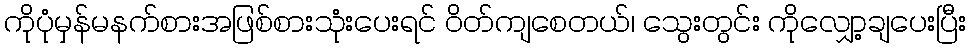
ကိုပုံမှန်မနက်စားအဖြစ်စားသုံးပေးရင် ဝိတ်ကျစေတယ်၊ သွေးတွင်း ကိုလျှော့ချပေးပြီး